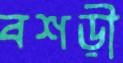
বশড়ী